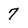
Character: 7